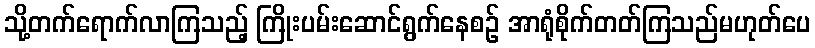
သို့တက်ရောက်လာကြသည့် ကြိုးပမ်းဆောင်ရွက်နေစဉ် အာရုံစိုက်တတ်ကြသည်မဟုတ်ပေ